Vaccination in Burma 1900-1911 - 1900-1911
Year: 1900
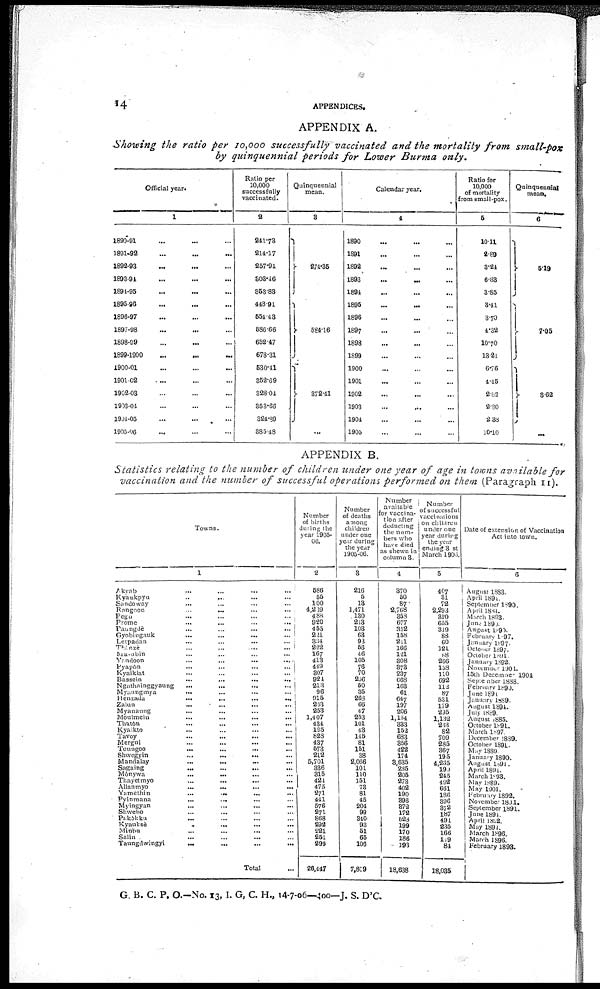
14
APPENDICES.
APPENDIX A.
Showing the ratio per 10,000 successfully vaccinated and the mortality from small-pox
by quinquennial periods for Lower Burma only.
Official year.
1
1890-91 ... ... ...
1891-92 ... ... ...
1892-93 ... ... ...
1893-94 ... ... ...
1894-95 ... ... ...
1895-98 ... ... ...
1896-97 ... ... ...
1897-98 ... ... ...
1898-99 ... ... ...
1899-1900
...
... ...
1900-01 ... ... ...
1901-02 ... ... ...
1902-03 ... ... ...
1903-04 ... ... ...
1904-05 ... ... ...
1905-06 ... ... ...
Ratio per
10,000
successfully
vaccinated.
2
241.73
214.17
257.91
303.46
853.83
448.91
554.43
586.66
652.47
678.31
530.41
352.69
328.04
353.66
824.89
385.48
Quinquennial
mean.
3
274.35
584.16
372.41
...
Calendar year.
4
1890 ... ... ...
1891 ... ... ...
1892 ... ... ...
1893
...
...
...
1894 ... ... ...
1895 ... ... ...
1896 ... ... ...
1897 ... ... ...
1898 ... ... ...
1899 ... ... ...
1900 ... ... ...
1901 ... ... ...
1902 ... ... ...
1903 ... ... ...
1904 ... ... ...
1905 ... ... ...
Ratio for
10,000
of mortality
from small-pox.
5
10.11
2.89
3.21
6.83
3.85
3.41
3.70
4.32
10.70
13.21
6.76
4.45
2.82
2.30
2.38
10.10
Quinquennial
mean.
6
5.19
7.05
3.62
...
APPENDIX B.
Statistics relating to the number of children under one year of age in towns available for
vaccination and the number of successful operations performed on them (Paragraph 11).
Towns.
1
Akyab ... ... ... ...
Kyaukpya ... ... ...
Sandoway ... ... ...
Rangoon
...
... ... ...
Pegu ... ... ... ...
Prome
...
...
...
...
Paungdè ... ... ... ...
Gyobingauk ... ... ... ...
Letpadan
...
...
...
...
Thônzè
...
...
...
...
Ma-ubin ... ... ... ...
Yandoon
...
...
...
...
Pyapôn ... ... ... ...
Kyaiklat
...
...
...
...
Bassein
...
...
...
...
Ngathninggyaung
...
...
Myaungmya
... ... ... ...
Henzada
...
...
...
...
Zalun
...
...
...
...
Myanaung ... ... ... ...
Moulmein ... ... ... ...
Thatôn ... ... ... ...
Kyaikto ... ... ... ...
Tavoy
...
...
...
...
Mergui ... ... ... ...
Toungoo
...
...
... ...
Shwegyin
...
...
... ...
Mandalay
...
...
...
...
Sagaing ... ... ... ...
Mônywa
...
... ... ...
Thayetmyo ... ... ... ...
Allanmyo
...
...
...
...
Yamèthin
...
...
...
...
Pyinmana
...
... ... ...
Myingyan
...
...
...
...
Shwebo ... ... ... ...
Pakôkku ... ... ... ...
Kyauksè
...
...
...
...
Minbu ... ... ... ...
Salin ... ... ... ...
Taungdwingyi ... ... ... ...
Total ...
Number
of births
during the
year 1905-
06.
2
586
55
100
4,239
488
920
455
221
334
222
167
413
449
307
924
213
96
915
263
253
1,407
434
195
828
437
573
212
5,701
336
315
421
475
271
441
576
271
868
292
221
251
299
26,447
Number
of deaths
among
children
under one
year during
the year
1905-06.
3
216
5
13
1,471
130
213
103
63
93
56
46
105
76 70
256
50
35
268
66
47
253
101
43
145
81
151
38
2,066
101
110
151
73
81
45
204
99
340
93
51
65
106
7,809
Number
available
for vaccina-
tion after
deducting
the num-
bers who
have died
as shewn in
column 3.
4
370
50
87
2,768
353
677
352
158
211
166
121
308
373
237
668
163
61
647
197
206
1,154
333
152
683
356
422
174
3,635
235
205
273
402
190
396
372
172
528
199
170
186
193
18,638
Number
of successful
vaccinations
on children
under one
year during
the year
ending 31st
March 1906.
5
407
31
72
2,293
310
655
349
88
60
121
88
266
158
110
692
112
87
531
179
295
1,132
283
82
709
285
367
195
4,265
190
245
492
661
186
396
372
187
491
235
166
119
84
18,035
Date of extension of Vaccination
Act into town.
6
August 1883.
April 1891.
September 1890.
April 1884.
March 1893.
June 1890.
August 1890.
February 1897.
January 1897.
October 1897.
October 1891.
January 1892.
November 1904.
15th December 1904
September 1888.
February 1890.
June 1891
January 1889.
August 1894.
July 1889.
August 1885.
October 1891.
March 1897.
December 1889.
October 1891.
May 1889.
January 1890.
August 1891.
April 1891.
March 1893.
May 1889.
May 1901.
February 1892.
November 1891.
September 1891.
June 1894.
April 1892.
May 1894.
March 1896.
March 1896.
February 1893.
G. B. C. P. O.—No. 13, I. G, C. H., 14-7-06—400—J. S. D'C.